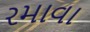
રમાવા